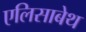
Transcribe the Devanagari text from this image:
एलिसाबेथ